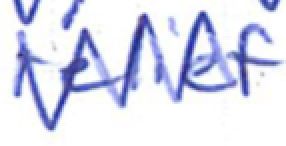
Text: relief
Cross-out: zig-zag
Writing tool: ballpoint